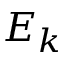
E _ { k }